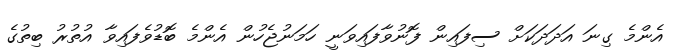
އެންމެ ގިނަ އަދަދަކަށް ސިފައިން ފޮނުވާފައިވަނީ ހަމަނުޖެހުން އެންމެ ބޮޑުވެފައިވާ އުތުރު ބިތުގެ